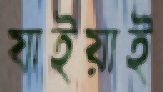
যাইয়াই